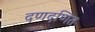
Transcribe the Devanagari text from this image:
दणदणित